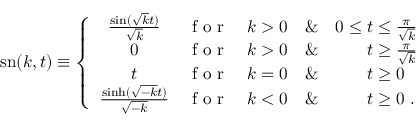
\operatorname { s n } ( k , t ) \equiv \left\{ \begin{array} { c c c c l } { \frac { \sin ( \sqrt { k } t ) } { \sqrt { k } } } & { \textrm { f o r } } & { k > 0 } & { \& } & { 0 \leq t \leq \frac { \pi } { \sqrt { k } } } \\ { 0 } & { \textrm { f o r } } & { k > 0 } & { \& } & { \ \, \ \ \ \ t \geq \frac { \pi } { \sqrt { k } } } \\ { t } & { \textrm { f o r } } & { k = 0 } & { \& } & { \ \ \ \ \ \, t \geq 0 } \\ { \frac { \sinh ( \sqrt { - k } t ) } { \sqrt { - k } } } & { \textrm { f o r } } & { k < 0 } & { \& } & { \ \ \ \ \ \, t \geq 0 \ . } \end{array} \right.